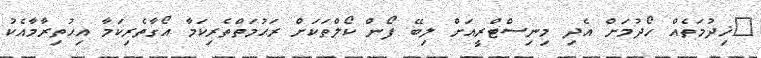
ޚިދުމަތެއް ހޯދުމަށް އެދި މިނިސްޓްރީއަށް ލިބޭ ފޯން ކޯލްތަކަށް ރަޙުމަތްތެރިކަމާ އޯގާތެރިކަމާ އިޙުތިރާމާއެކު